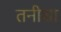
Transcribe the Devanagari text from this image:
तनीशा